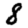
Digit: 8